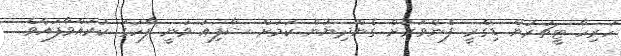
ހުރިހާ ޓީޗަރުން ޑިގްރީ ފެންވަރަށް ގެންދިޔުން ކަމަށް ޝާފިއު ވަނީ ފާހަގަ ކުރައްވާފައެވެ.